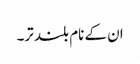
ان کے نام بلند تر۔